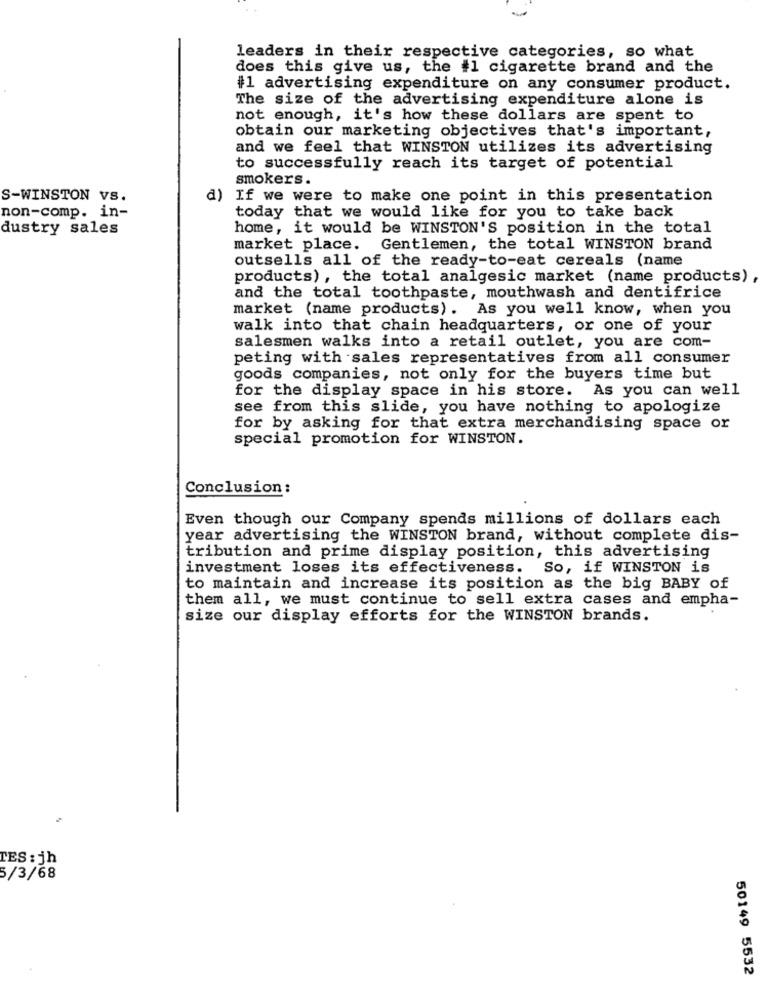
leaders in their respective categories, so what
does this give us, the #1 cigarette brand and the
#1 advertising expenditure on any consumer product.
The size of the advertising expenditure alone is
not enough, it's how these dollars are spent to
obtain our marketing objectives that's important,
and we feel that WINSTON utilizes its advertising
to successfully reach its target of potential
smokers.
S-WINSTON VS.
d) If we were to make one point in this presentation
today that we would like for you to take back
non-comp. in-
dustry sales
home, it would be WINSTON'S position in the total
market place. Gentlemen, the total WINSTON brand
outsells all of the ready-to-eat cereals (name
products) , the total analgesic market (name products) ,
and the total toothpaste, mouthwash and dentifrice
market (name products). As you well know, when you
walk into that chain headquarters, or one of your
salesmen walks into a retail outlet, you are com-
peting with sales representatives from all consumer
goods companies, not only for the buyers time but
for the display space in his store. As you can well
see from this slide, you have nothing to apologize
for by asking for that extra merchandising space or
special promotion for WINSTON.
Conclusion :
Even though our Company spends millions of dollars each
year advertising the WINSTON brand, without complete dis-
tribution and prime display position, this advertising
investment loses its effectiveness. So, if WINSTON is
to maintain and increase its position as the big BABY of
them all, we must continue to sell extra cases and empha-
size our display efforts for the WINSTON brands.
CES : jh
5/3/68
50149 5532